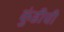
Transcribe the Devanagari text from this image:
कुंडीची